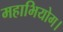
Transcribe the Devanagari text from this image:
महाभियोग।